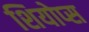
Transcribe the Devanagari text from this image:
शियोप्‍स